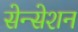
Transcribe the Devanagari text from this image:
सेन्सेशन